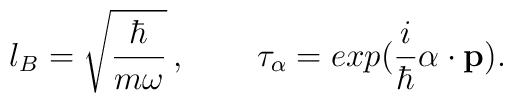
l_B=\sqrt{ {\hbar \over m\omega} }\,,\hskip 25pt\tau_{\bf \alpha}=exp({i\over\hbar}{\bf \alpha}\cdot{\bf p}).